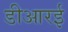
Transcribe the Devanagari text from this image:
डीआरई